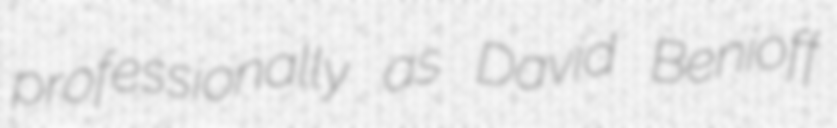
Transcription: professionally as David Benioff